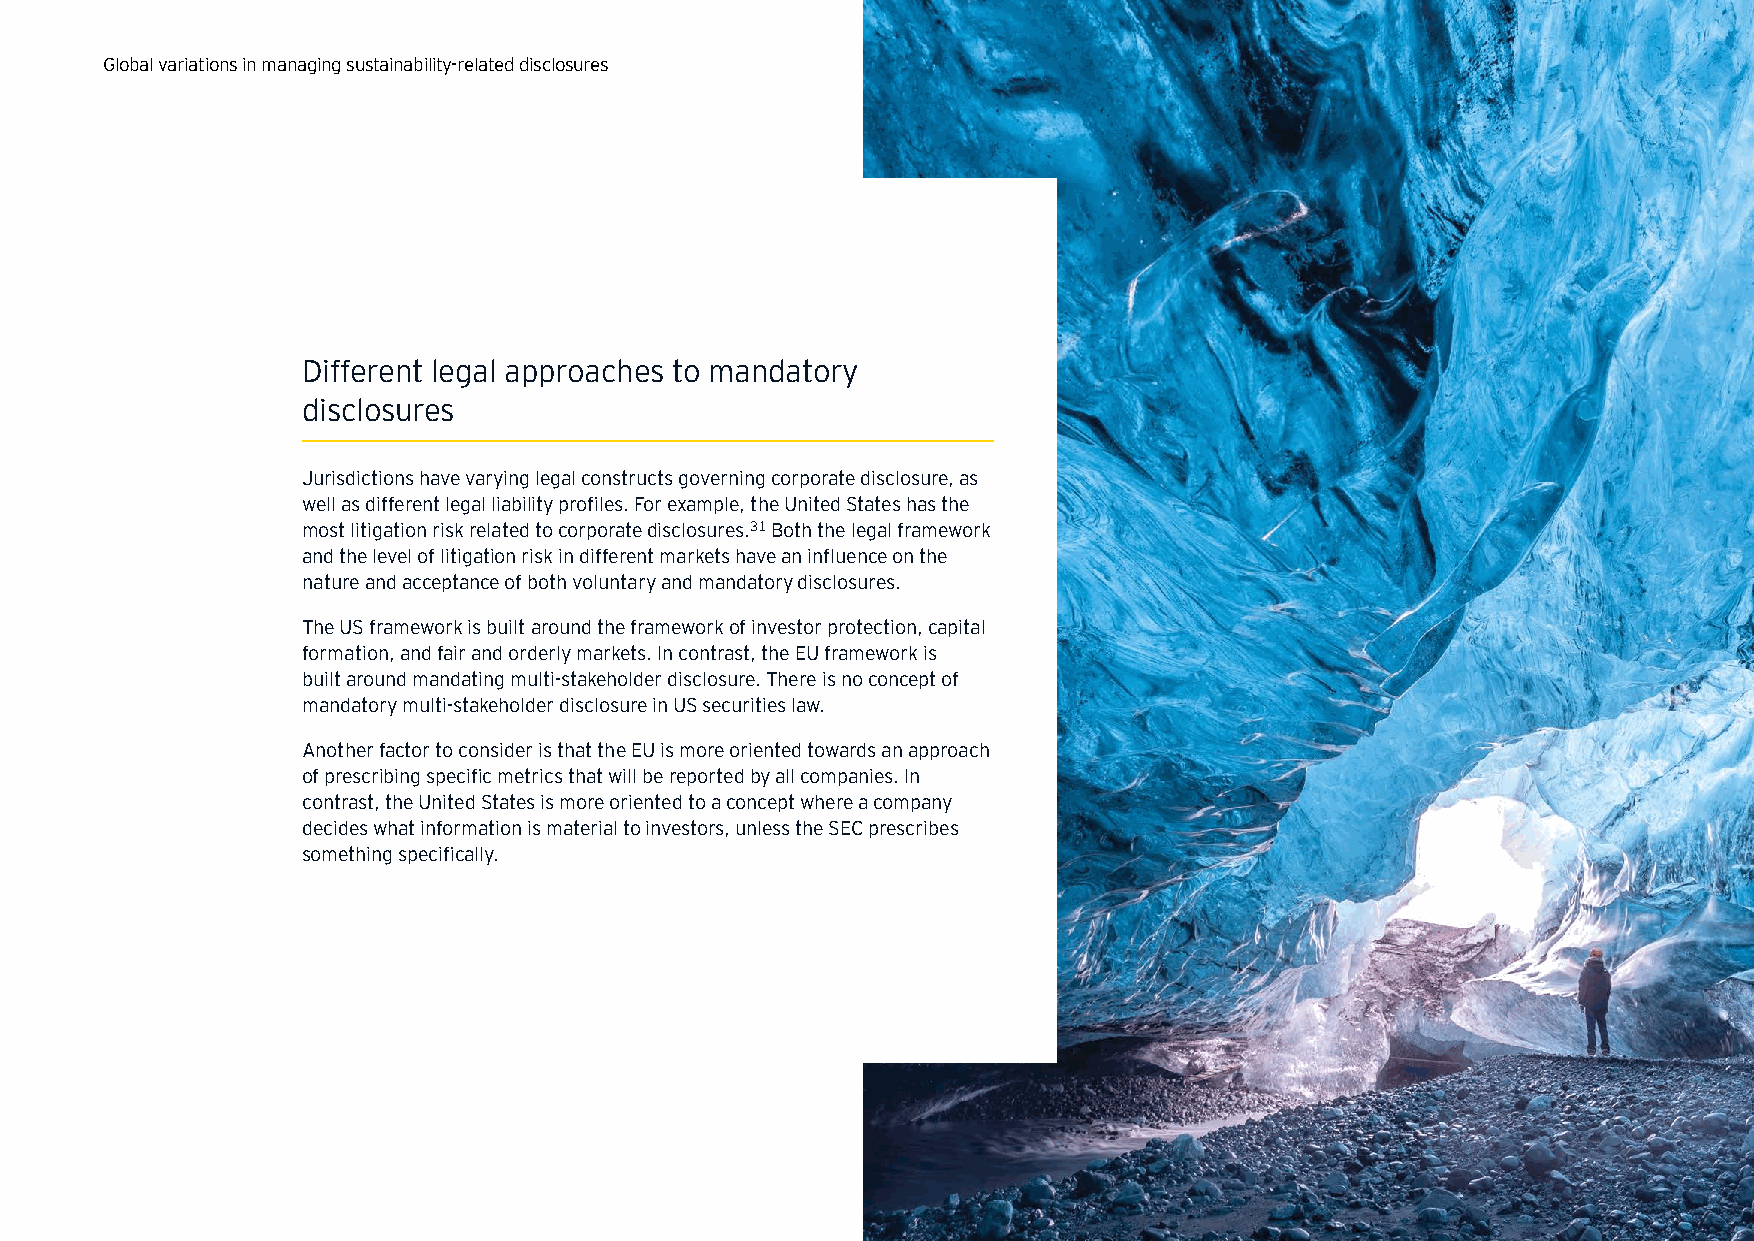
Global variations in managing sustainability-related disclosures
 Different legal approaches to mandatory
 disclosures
 Jurisdictions have varying legal constructs governing corporate disclosure, as
 well as different legal liability profiles. For example, the United States has the
 most litigation risk related to corporate disclosures.31 Both the legal framework
 and the level of litigation risk in different markets have an influence on the
 nature and acceptance of both voluntary and mandatory disclosures.
 The US framework is built around the framework of investor protection, capital
 formation, and fair and orderly markets. In contrast, the EU framework is
 built around mandating multi-stakeholder disclosure. There is no concept of
 mandatory multi-stakeholder disclosure in US securities law.
 Another factor to consider is that the EU is more oriented towards an approach
 of prescribing specific metrics that will be reported by all companies. In
 contrast, the United States is more oriented to a concept where a company
 decides what information is material to investors, unless the SEC prescribes
 something specifically.
 The future of sustainability reporting standards | 10